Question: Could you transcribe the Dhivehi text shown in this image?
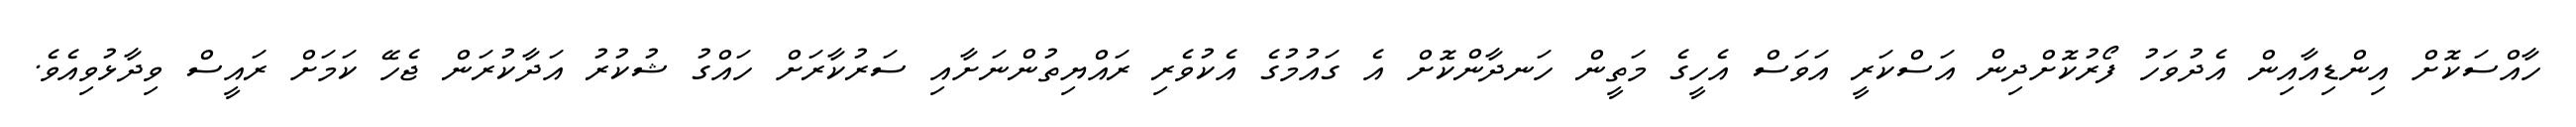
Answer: ހާއްސަކޮށް އިންޑިއާއިން އެދުވަހު ފޯރުކޮށްދިން އަސްކަރީ އަވަސް އެހީގެ މަތީން ހަނދާންކޮށް އެ ގައުމުގެ އެކުވެރި ރައްޔިތުންނަށާއި ސަރުކާރަށް ހައްގު ޝުކުރު އަދާކުރަން ޖެހޭ ކަމަށް ރައީސް ވިދާޅުވިއެވެ.